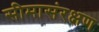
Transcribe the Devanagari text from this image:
सीमासंरक्षण